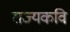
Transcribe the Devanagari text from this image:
राज्यकवि